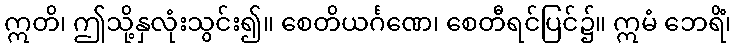
ဣတိ၊ ဤသို့နှလုံးသွင်း၍။ စေတိယင်္ဂဏေ၊ စေတီရင်ပြင်၌။ ဣမံ ဘေရိံ၊